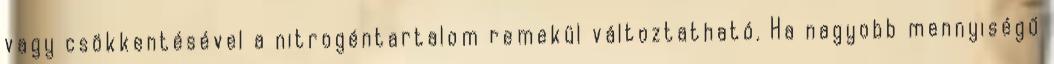
vagy csökkentésével a nitrogéntartalom remekül változtatható. Ha nagyobb mennyiségű